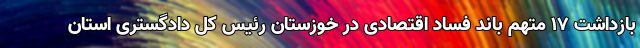
بازداشت ۱۷ متهم باند فساد اقتصادی در خوزستان رئیس کل دادگستری استان